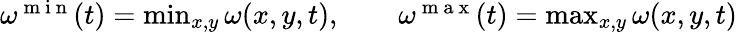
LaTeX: \begin{array}{r}{\omega^{\mathrm{~m~i~n~}}(t)=\operatorname*{min}_{x,y}\omega(x,y,t),\quad\quad\omega^{\mathrm{~m~a~x~}}(t)=\operatorname*{max}_{x,y}\omega(x,y,t)}\end{array}